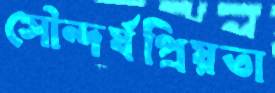
সৌন্দর্যপ্রিয়তা